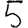
Digit: 5